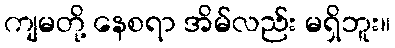
ကျမတို့ နေစရာ အိမ်လည်း မရှိဘူး။